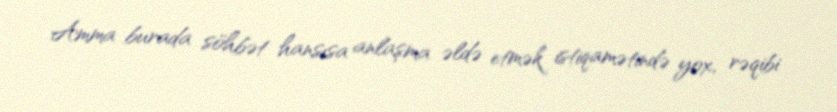
Amma burada söhbət hansısa anlaşma əldə etmək istiqamətində yox, rəqibi